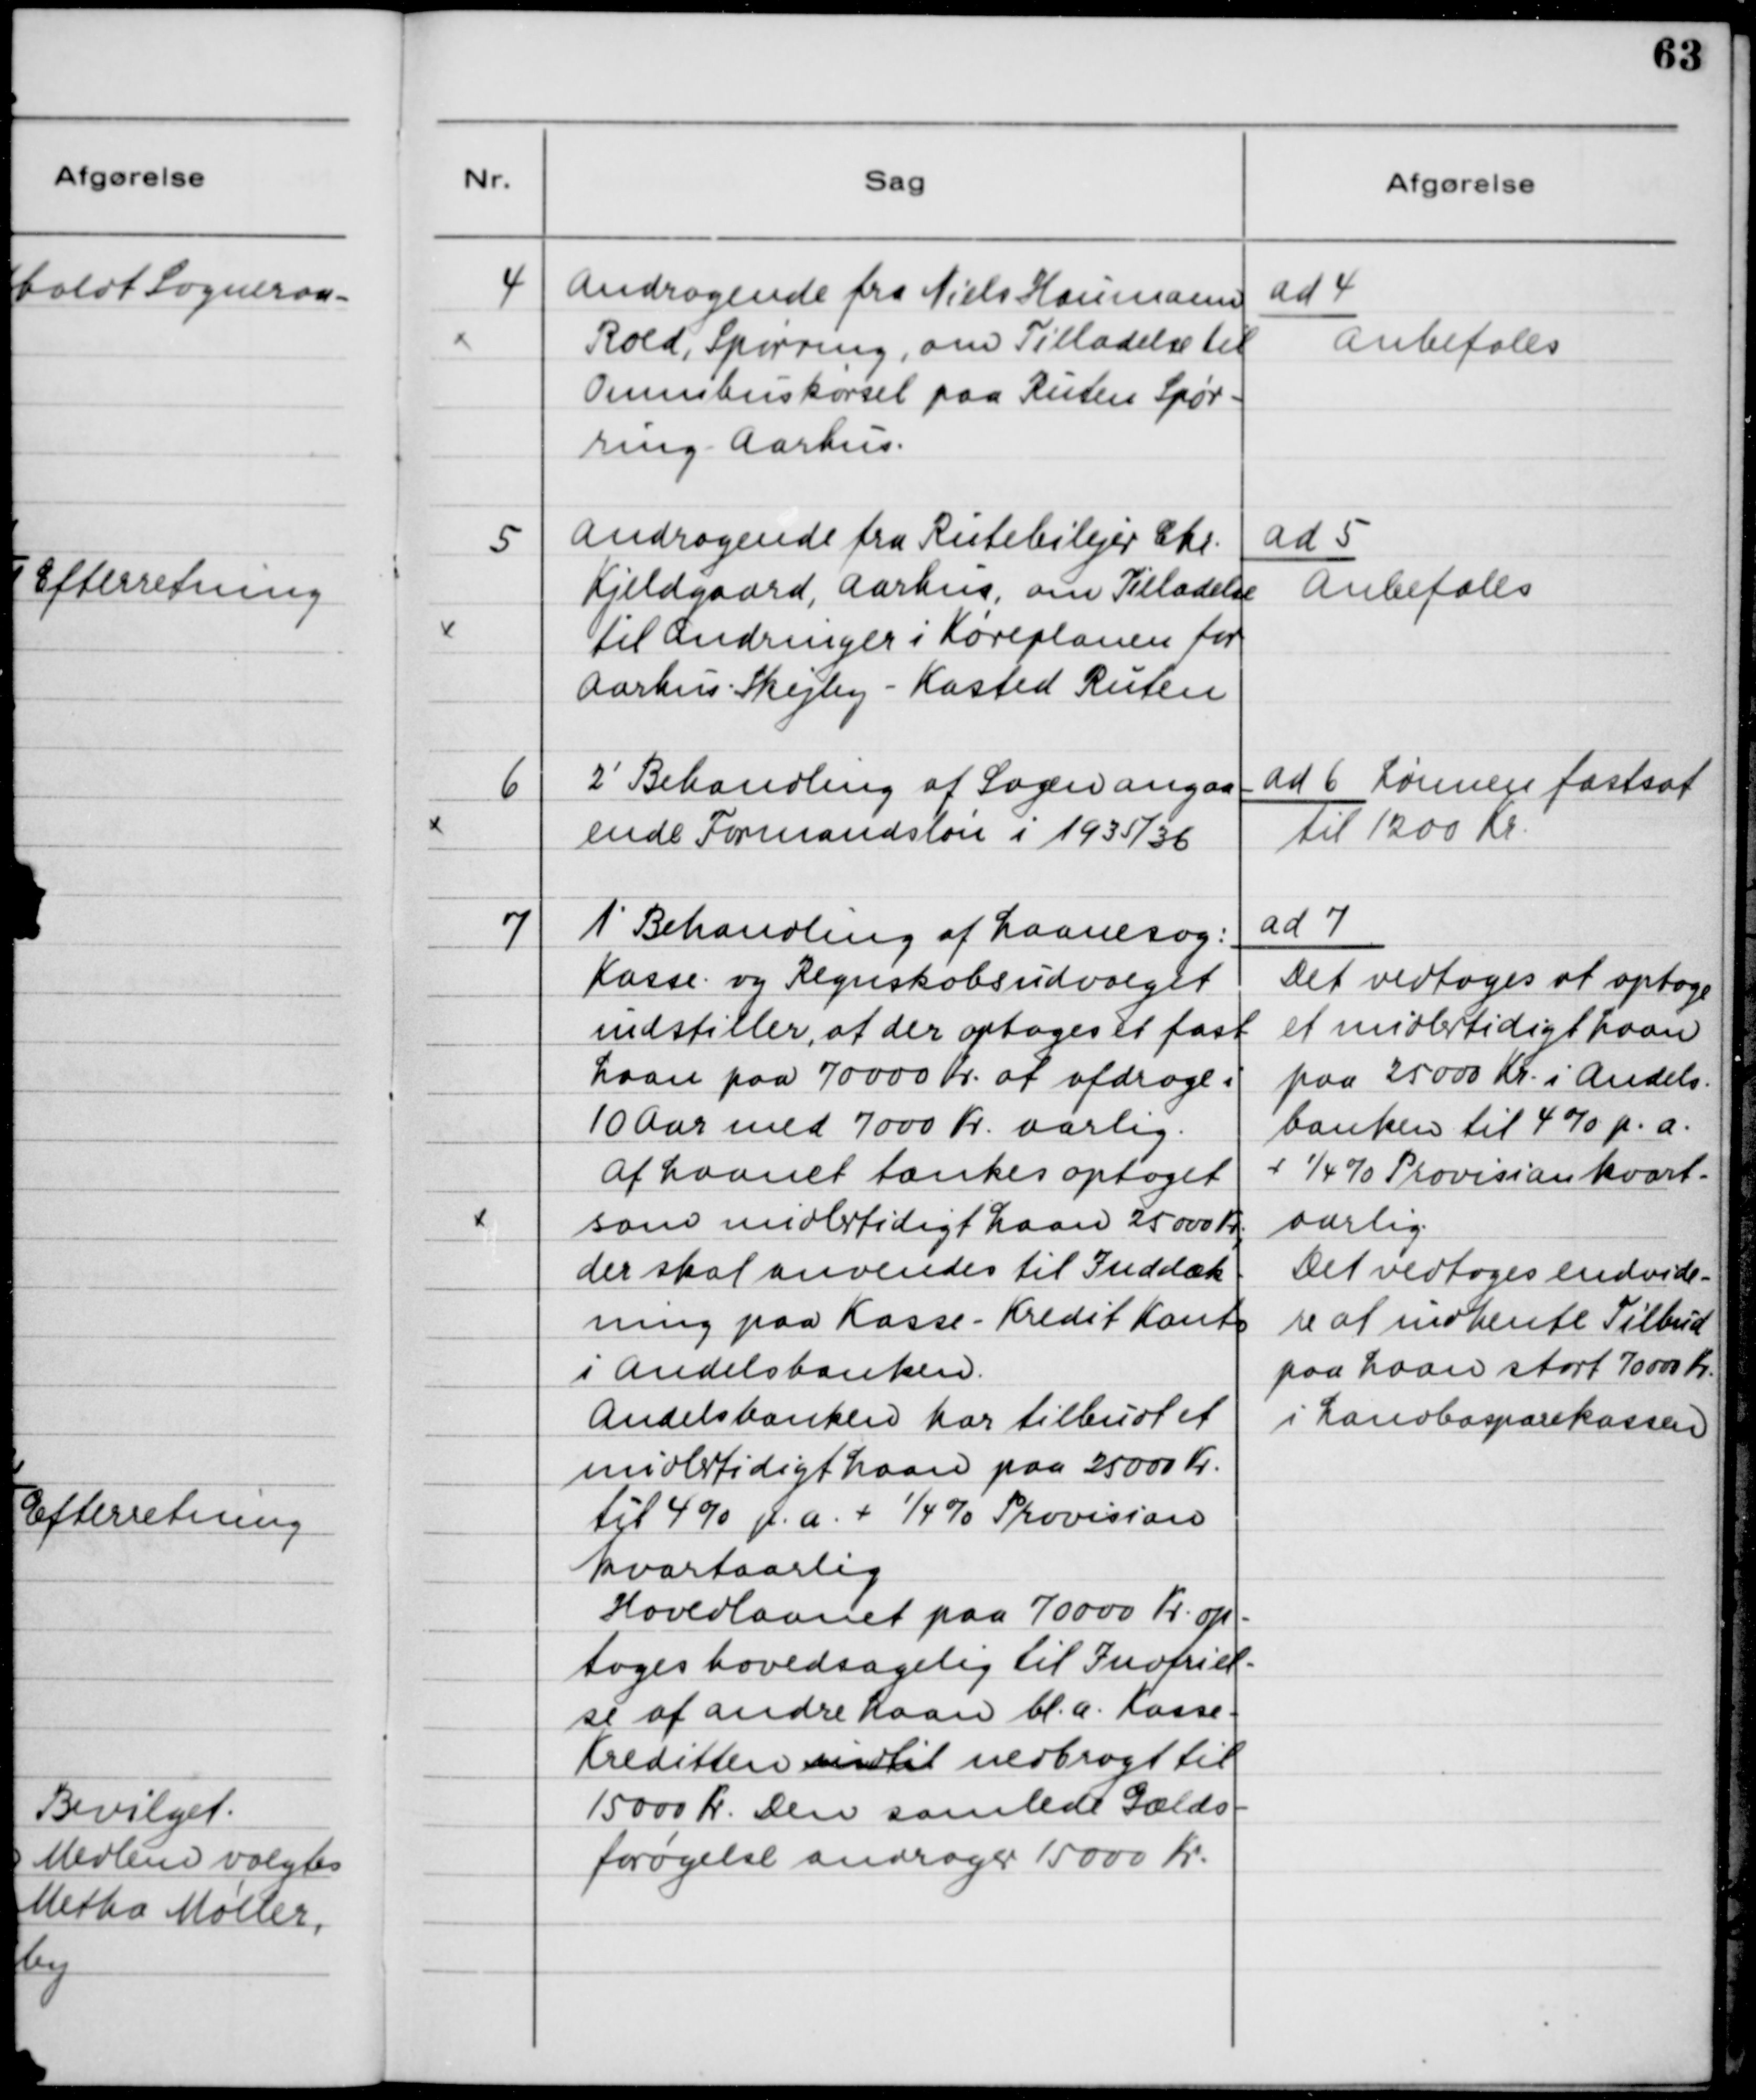
Transskription:
4

Andragende fra Niels Houmann
Rold, Spørring, om Tilladelse til
Omnibuskørsel paa Ruten Spør-
ring - Aarhus.

ad 4.
Anbefales

5

Andragende fra Rutebilejer Chr.
Kjeldgaard, Aarhus, om Tilladelse
til Ændringer i Køreplanen for
Aarhus - Skejby - Kasted Ruten.

ad 5. 
Anbefales

6

2´Behandling af Sagen angaa-
ende Formandsløn i 1935/36.

ad 6. Lønnen fastsat
til 1200 Kr.

7

1´Behandling af Laanesag:
Kasse- og Regnskabsudvalget
indstiller, at der optages et fast
Laan paa 70000 Kr. at afdrage i
10 Aar ved 7000 Kr. aarlig.
Af Laanet tænkes optaget
som midlertidigt Laan 25000 Kr.,
der skal anvendes til Inddæk-
ning paa Kasse - Kredit Konto
i Andelsbanken.
Andelsbanken har tilbudt et
midlertidigt Laan paa 25000 Kr.
til 4% p.a. + 1/4 % Provision
Kvartaarlig.
Hovedlaanet paa 70000 Kr. op-
tages hovedsagelig til Indfriel-
se af andre Laan bl.a. Kasse-
Kreditten indtil nedbragt til
15000 Kr. Den samlede Gælds-
forøgelse andrager 15000 Kr.

ad 7
Det vedtoges at optage
et midlertidigt Laan
paa 25000 Kr. i Andels-
banken til 4% p.a.
+ 1/4 % Provision kvart-
aarlig.
Det vedtoges endvide-
re at indhente Tilbud
paa Laan stort 70000 Kr.
i Landbosparekassen.